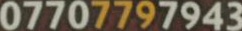
07707797943